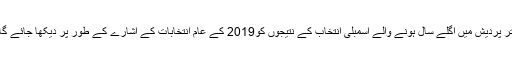
اتر پردیش میں اگلے سال ہونے والے اسمبلی انتخاب کے نتیجوں کو2019 کے عام انتخابات کے اشارے کے طور پر دیکھا جائے گا۔